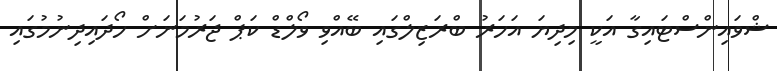
ޝްވައިންސްޓައިގާ އަކީ މިދިޔަ އަހަރު ބްރަޒިލްގައި ބޭއްވި ވޯލްޑް ކަޕް ޖަރުމަނަށް ހޯދައިދިނުމުގައި